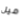
ميل